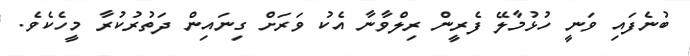
ބުނެފައި ވަނީ ހުޅުމާލޭ ފެރީން ރިލްވާނާ އެކު ވަރަށް ގިނައިން ދަތުރުކުރާ މީހެކެވެ.